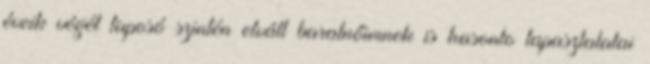
éveik végét taposó szintén elvált baratnőimnek is hasonlo tapasztalatai